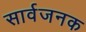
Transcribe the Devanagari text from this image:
सार्वजनक